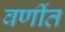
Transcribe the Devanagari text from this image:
वर्णीत